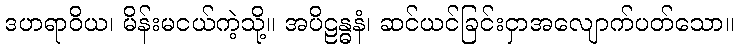
ဒဟရာဝိယ၊ မိန်းမငယ်ကဲ့သို့။ အပိဠန္ဓနံ၊ ဆင်ယင်ခြင်းငှာအလျောက်ပတ်သော။